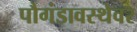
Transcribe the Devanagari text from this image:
पौगंडावस्थेवर